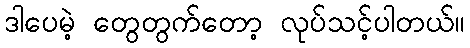
ဒါပေမဲ့ တွေတွက်တော့ လုပ်သင့်ပါတယ်။